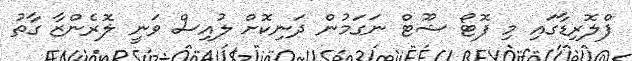
ފްލޮރިޑާގައި މި ފޮޓޯ ޝޫޓް ނަގަމުން ދަނިކޮށް ލުއިސް ވަނީ ލޮރެންޒާ ގާތު